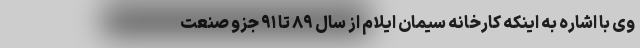
وی با اشاره به اینکه کارخانه سیمان ایلام از سال ۸۹ تا ۹۱ جزو صنعت